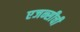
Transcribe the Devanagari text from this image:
एजन्सीची